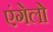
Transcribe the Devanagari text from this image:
एंगेलो